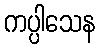
ကပ္ပါသေန